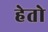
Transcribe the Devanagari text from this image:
हेतो